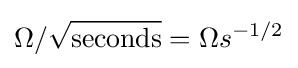
{\Omega }/{\sqrt {\text{seconds}}}={\Omega }s^{-1/2}